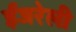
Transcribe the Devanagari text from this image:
ईजरेली